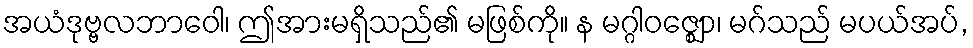
အယံဒုဗ္ဗလဘာဝေါ၊ ဤအားမရှိသည်၏ မဖြစ်ကို။ န မဂ္ဂါဝဇ္ဈော၊ မဂ်သည် မပယ်အပ်,